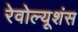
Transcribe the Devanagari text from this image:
रेवोल्यूशंस